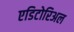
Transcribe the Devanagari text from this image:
एडिटोरिअल